画像に写った文字を読んでください
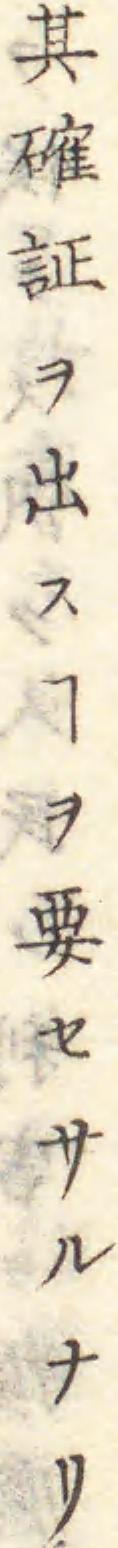
「其確証ヲ出スヿヲ要セサルナリ」と書いてあります